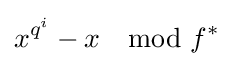
x^{q^{i}}-x\mod f^{*}